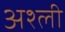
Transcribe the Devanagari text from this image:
अश्ली